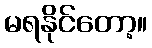
မရနိုင်တော့။